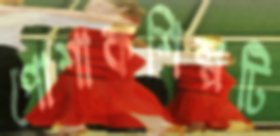
পোশাকশিল্পটি